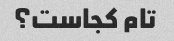
تام کجاست؟